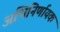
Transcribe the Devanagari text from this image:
अभिनिर्णायक